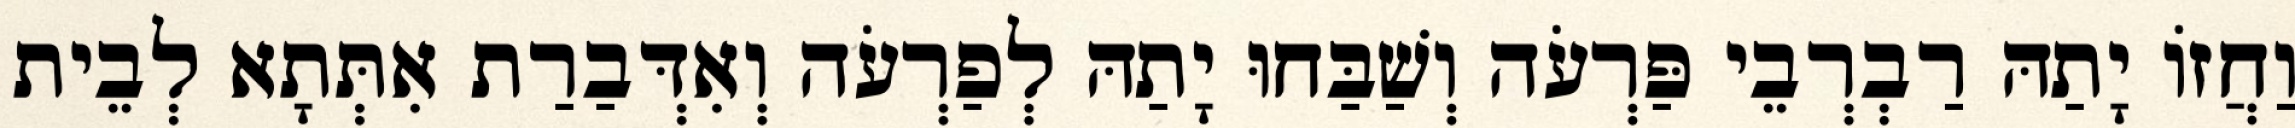
וַחֲזוֹ יָתַהּ רַבְרְבֵי פַּרְעֹה וְשַׁבַּחוּ יָתַהּ לְפַרְעֹה וְאִדְּבַרַת אִתְּתָא לְבֵית